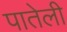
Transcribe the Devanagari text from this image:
पातेली